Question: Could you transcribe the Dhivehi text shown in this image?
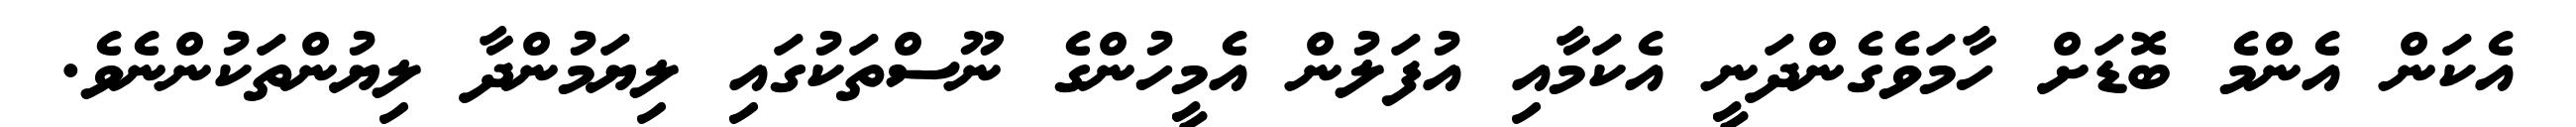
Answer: އެކަން އެންމެ ބޮޑަށް ހާމަވެގެންދަނީ އެކަމާއި އުފަލުން އެމީހުންގެ ނޫސްތަކުގައި ލިޔަމުންދާ ލިޔުންތަކުންނެވެ.